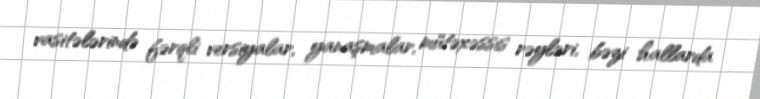
vasitələrində fərqli versiyalar, yanaşmalar, mütəxəssis rəyləri, bəzi hallarda